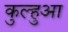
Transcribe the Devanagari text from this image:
कुल्हुआ